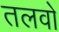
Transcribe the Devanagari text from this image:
तलवो